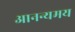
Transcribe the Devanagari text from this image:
आनन्यमय